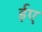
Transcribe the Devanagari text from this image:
ईए